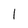
Character: l